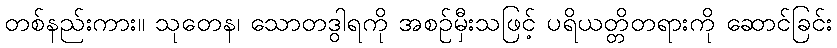
တစ်နည်းကား။ သုတေန၊ သောတဒွါရကို အစဉ်မှီးသဖြင့် ပရိယတ္တိတရားကို ဆောင်ခြင်း